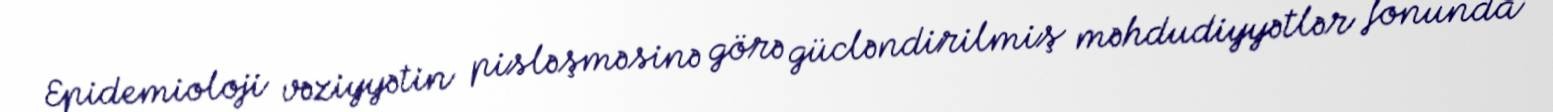
Epidemioloji vəziyyətin pisləşməsinə görə gücləndirilmiş məhdudiyyətlər fonunda